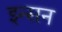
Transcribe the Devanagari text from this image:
इन्सन